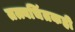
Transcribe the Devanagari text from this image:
तत्त्वचिंतकही